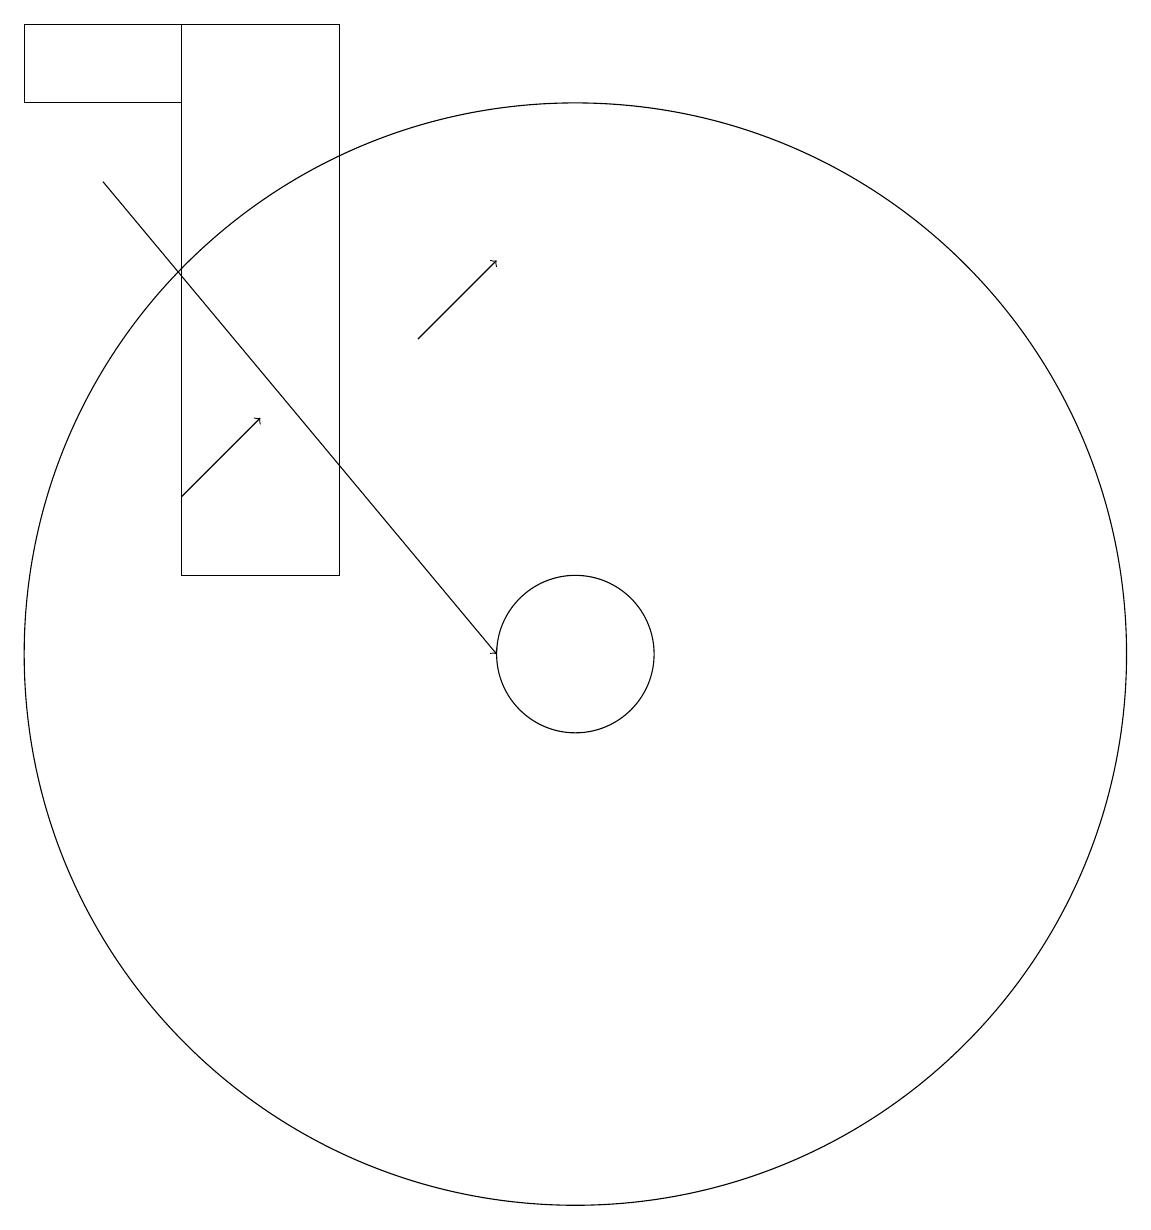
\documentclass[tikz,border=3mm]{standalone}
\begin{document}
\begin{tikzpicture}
\draw (5,18) rectangle (7,11);
\draw (5,18) rectangle (3,17);
\draw (10,10) circle (7);
\draw[->] (5,12) -- (6,13);
\draw[->] (4,16) -- (9,10);
\draw[->] (8,14) -- (9,15);
\draw (10,10) circle (1);
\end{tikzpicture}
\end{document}